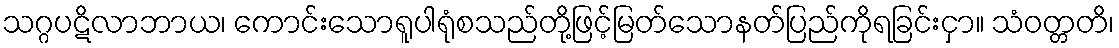
သဂ္ဂပဋိလာဘာယ၊ ကောင်းသောရူပါရုံစသည်တို့ဖြင့်မြတ်သောနတ်ပြည်ကိုရခြင်းငှာ။ သံဝတ္တတိ၊